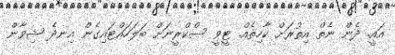
އައީ. ދެން ނެތް އިތުރަށް ކާހިތެއް. ޓީވީ ސްކްރީނަށް ބަލަހައްޓައިގެން އިނދެ ޝިވާން